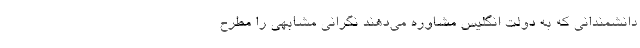
دانشمندانی که به دولت انگلیس مشاوره می‌دهند نگرانی مشابهی را مطرح